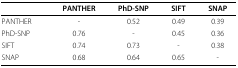
<table><thead><tr><td></td><td><b>PANTHER</b></td><td><b>PhD-SNP</b></td><td><b>SIFT</b></td><td><b>SNAP</b></td></tr></thead><tbody><tr><td>PANTHER</td><td>-</td><td>0.52</td><td>0.49</td><td>0.39</td></tr><tr><td>PhD-SNP</td><td>0.76</td><td>-</td><td>0.45</td><td>0.36</td></tr><tr><td>SIFT</td><td>0.74</td><td>0.73</td><td>-</td><td>0.38</td></tr><tr><td>SNAP</td><td>0.68</td><td>0.64</td><td>0.65</td><td>-</td></tr></tbody></table>